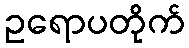
ဥရောပတိုက်